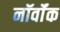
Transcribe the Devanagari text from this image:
नॉर्वॉक